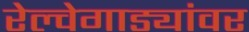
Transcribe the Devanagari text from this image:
रेल्वेगाड्यांवर